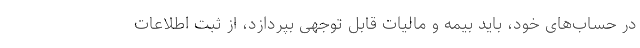
در حساب‌های خود، باید بیمه و مالیات قابل توجهی بپردازد، از ثبت اطلاعات